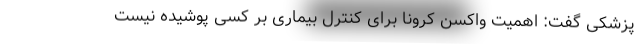
پزشکی گفت:‌ اهمیت واکسن کرونا برای کنترل بیماری بر کسی پوشیده نیست